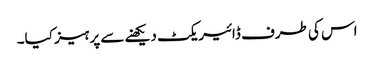
اس کی طرف ڈائیریکٹ دیکھنے سے پرہیز کیا۔